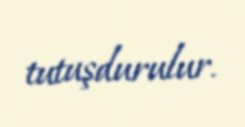
tutuşdurulur.